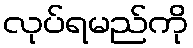
လုပ်ရမည်ကို